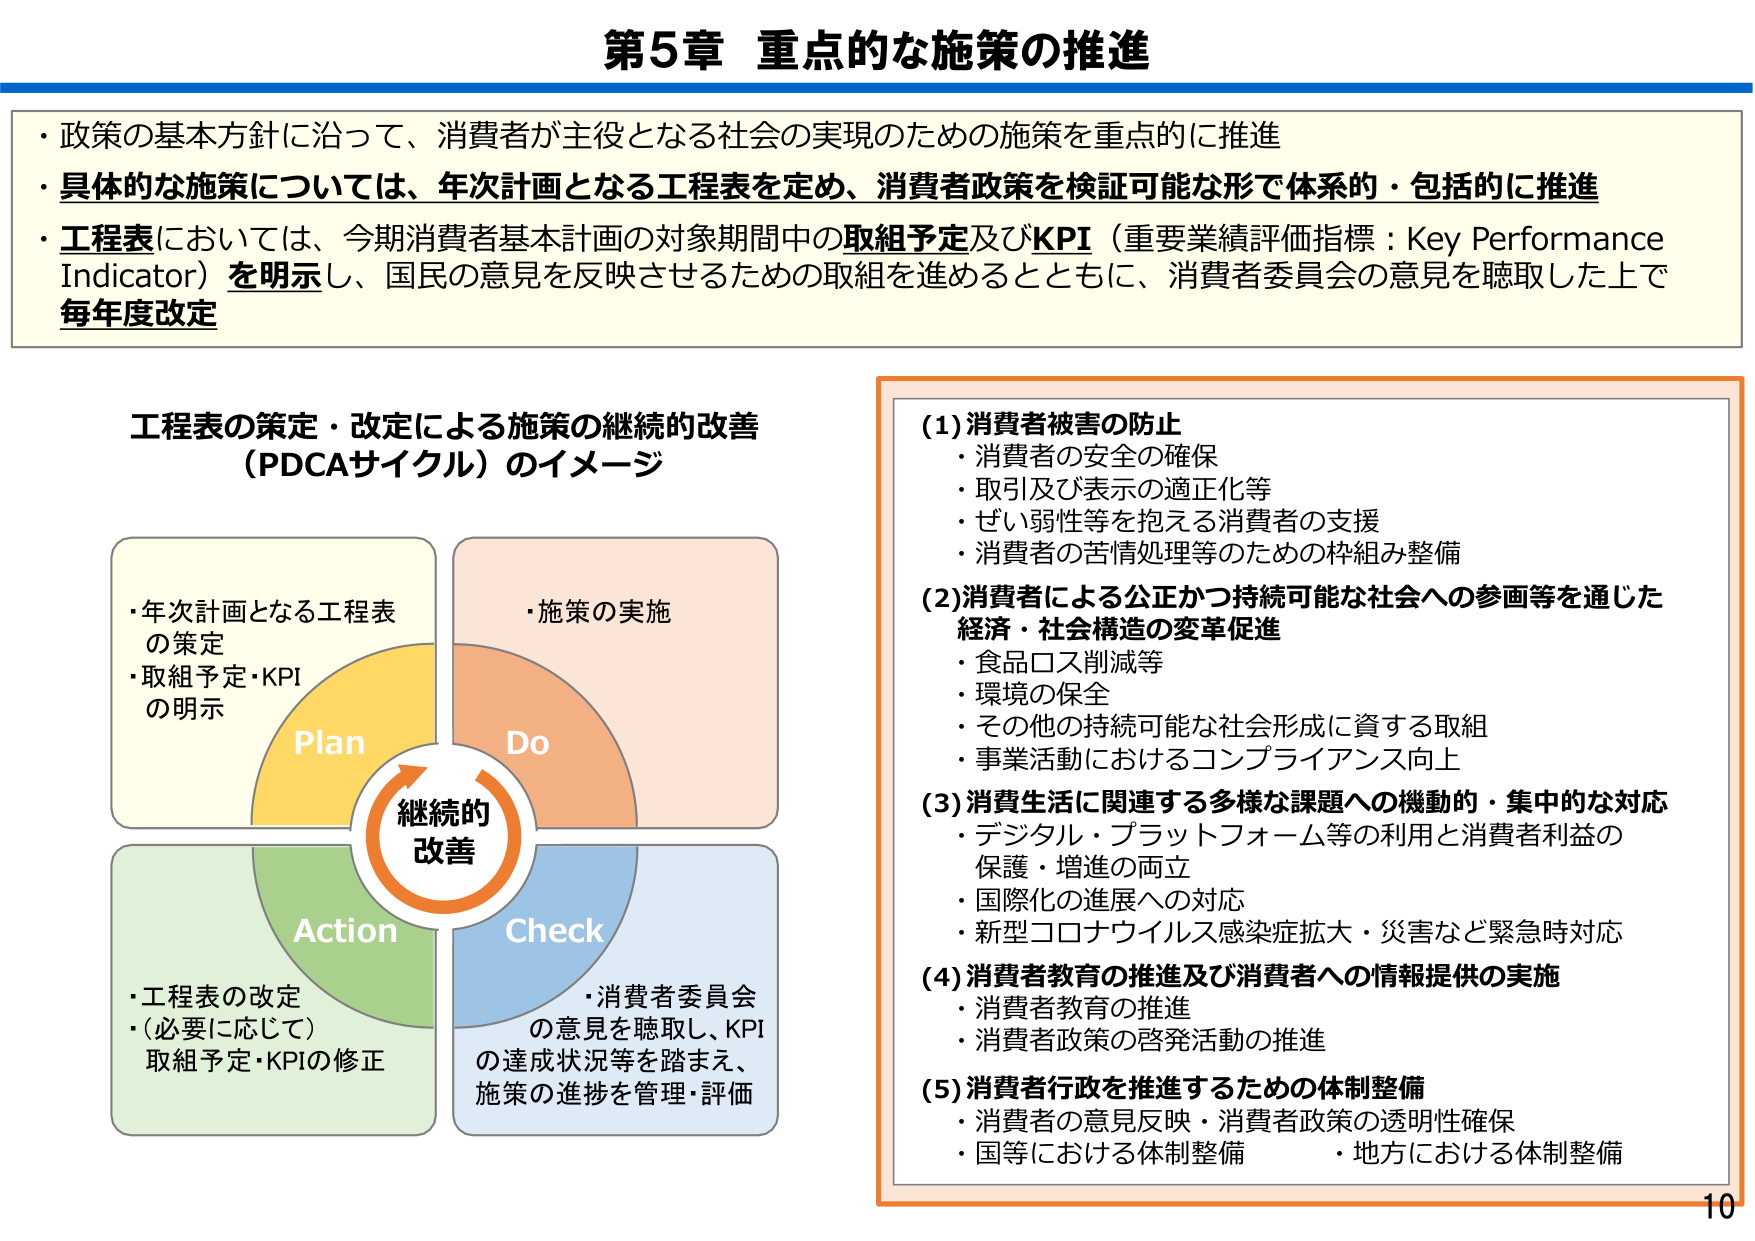
第5章 重点的な施策の推進

・政策の基本方針に沿って、消費者が主役となる社会の実現のための施策を重点的に推進
・具体的な施策については、年次計画となる工程表を定め、消費者政策を検証可能な形で体系的・包括的に推進
・工程表においては、今期消費者基本計画の対象期間中の取組予定及びKPI（重要業績評価指標：Key Performance Indicator）を明示し、国民の意見を反映させるための取組を進めるとともに、消費者委員会の意見を聴取した上で毎年度改定

工程表の策定・改定による施策の継続的改善
（PDCAサイクル）のイメージ

・年次計画となる工程表の策定
・取組予定・KPIの明示
Plan
継続的
改善
Do
・施策の実施
Check
・消費者委員会の意見を聴取し、KPIの達成状況等を踏まえ、施策の進捗を管理・評価
Action
・工程表の改定
・（必要に応じて）取組予定・KPIの修正

(1)消費者被害の防止
・消費者の安全の確保
・取引及び表示の適正化等
・ぜい弱性等を抱える消費者の支援
・消費者の苦情処理等のための枠組み整備

(2)消費者による公正かつ持続可能な社会への参画等を通じた経済・社会構造の変革促進
・食品ロス削減等
・環境の保全
・その他の持続可能な社会形成に資する取組
・事業活動におけるコンプライアンス向上

(3)消費生活に関連する多様な課題への機動的・集中的な対応
・デジタル・プラットフォーム等の利用と消費者利益の保護・増進の両立
・国際化の進展への対応
・新型コロナウイルス感染症拡大・災害など緊急時対応

(4)消費者教育の推進及び消費者への情報提供の実施
・消費者教育の推進
・消費者政策の啓発活動の推進

(5)消費者行政を推進するための体制整備
・消費者の意見反映・消費者政策の透明性確保
・国等における体制整備
・地方における体制整備

10